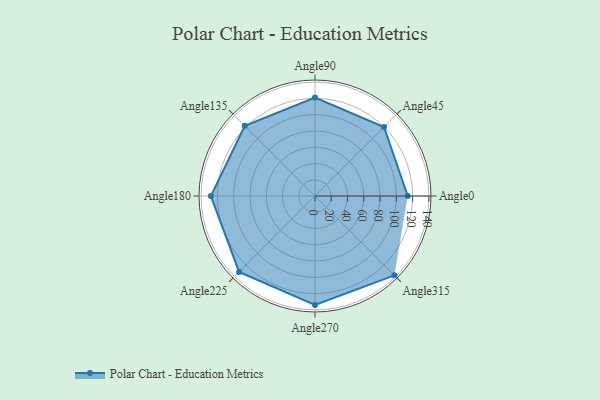
{"axis": {"x": "Angle", "y": "Radius"}, "legend": [""], "data": [{"x": "Angle0", "y": 114.0, "type": ""}, {"x": "Angle45", "y": 120.0, "type": ""}, {"x": "Angle90", "y": 121.0, "type": ""}, {"x": "Angle135", "y": 122.0, "type": ""}, {"x": "Angle180", "y": 128.0, "type": ""}, {"x": "Angle225", "y": 132.0, "type": ""}, {"x": "Angle270", "y": 134.0, "type": ""}, {"x": "Angle315", "y": 138.0, "type": ""}]}